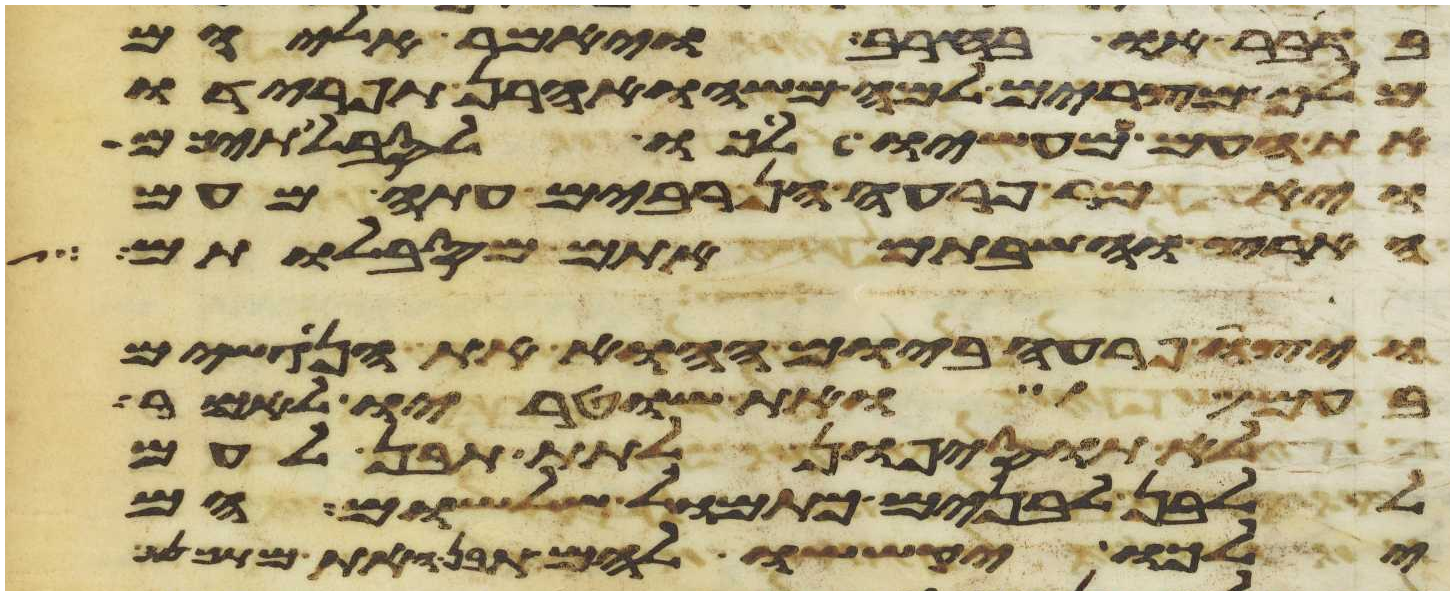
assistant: בדבר או בחרב ויאמר אליהם
מלך מצרים למה משה ואהרן תפרידו
את העם ממעשיו לכו לסבלתיכם
ויאמר פרעה הן רבים עתה מעם
הארץ והשבתם אתם מסבלותם
ויצו פרעה ביום ההוא את הנגשים
בעם ואת שוטריו לאמר
לא תוסיפון לתת תבן לעם
ללבן לבנים כתמול שלשום הם
ילכו יקששו להם תבן ואת מתכנת